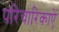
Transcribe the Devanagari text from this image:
परिचारिकाऐं